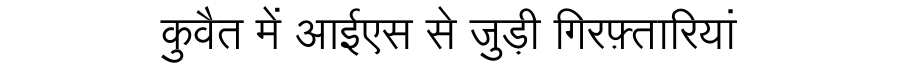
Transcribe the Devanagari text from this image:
कुवैत में आईएस से जुड़ी गिरफ़्तारियां